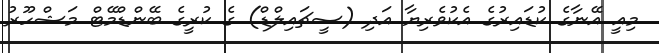
މިއީ އޭނާގެ ކުޑައިރުގެ އެކުވެރިޔާ އަދި (ސީޗައިލްޑް) ގެ ކުރީގެ ބޭންޑްމޭޓް މަޝްހޫރު